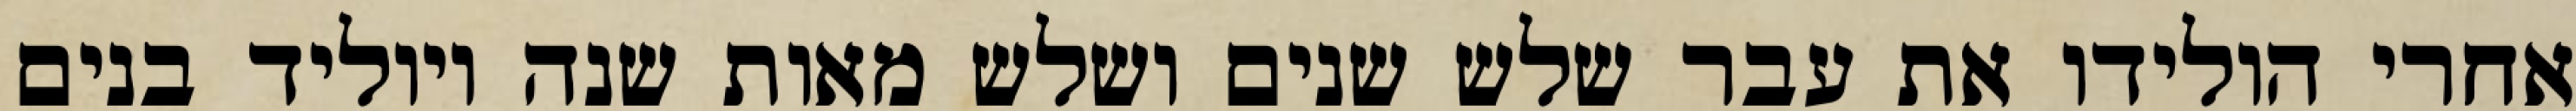
אחרי הולידו את עבר שלש שנים ושלש מאות שנה ויוליד בנים